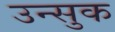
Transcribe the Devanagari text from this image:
उन्सुक